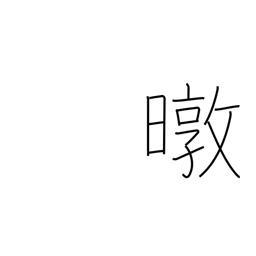
Meaning: sun's rays